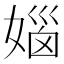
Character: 㛴